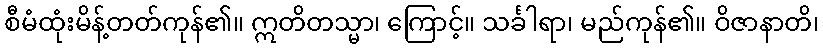
စီမံထုံးမိန့်တတ်ကုန်၏။ ဣတိတသ္မာ၊ ကြောင့်။ သင်္ခါရာ၊ မည်ကုန်၏။ ဝိဇာနာတိ၊